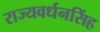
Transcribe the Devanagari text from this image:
राज्यवर्धनसिंह